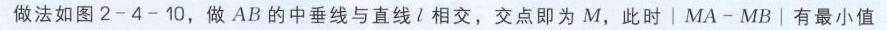
做法如图2 - 4 - 10，做\(AB\)的中垂线与直线\(l\)相交，交点即为\(M\)，此时\(\vert MA - MB\vert\)有最小值